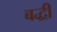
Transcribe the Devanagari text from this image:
बद्धी